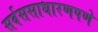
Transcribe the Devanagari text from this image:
सर्वससाधारणपणे